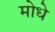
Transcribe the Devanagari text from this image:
मोधे